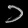
Digit: ၁